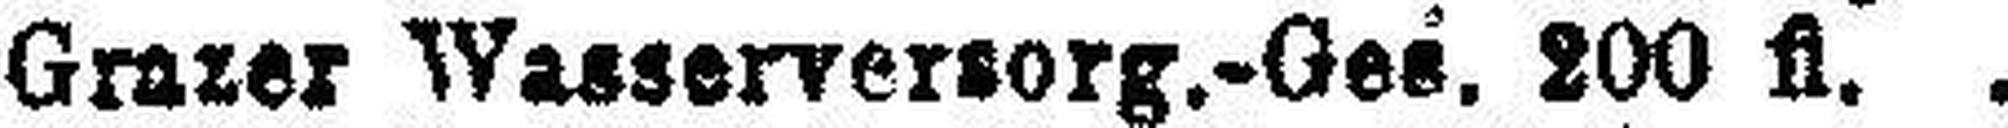
Grazer Wasserversorg.-Ges. 200 fl.